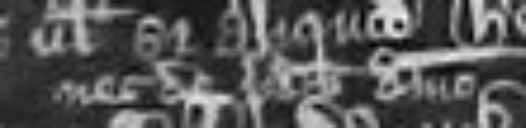
nec de predicto dominio